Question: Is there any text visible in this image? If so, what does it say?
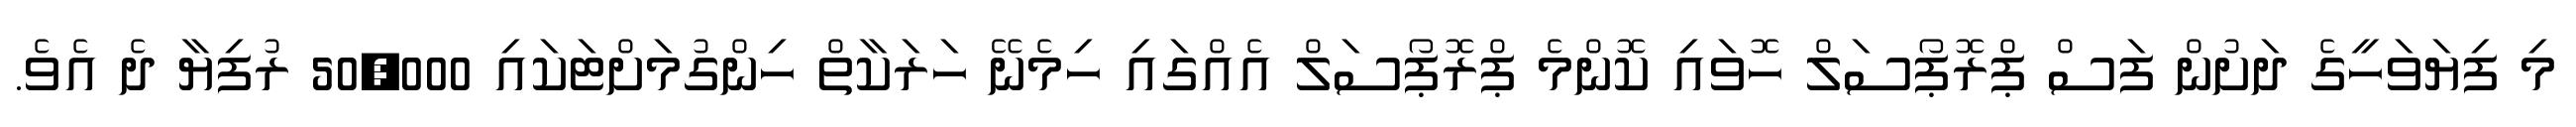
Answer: މި ފިޔަވަހީގެ ދަށުން ފަސް ޕްރޮޕޯސަލް ހޮވައި ކޮންމެ ޕްރޮޕޯސަލް އެއްގައި ހިމެނޭ ހަރަކާތް ހިންގުމަށްޓަކައި 50,000 ރުފިޔާ ދެ އެވެ.